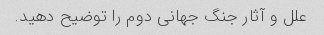
علل و آثار جنگ جهانی دوم را توضیح دهید.